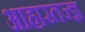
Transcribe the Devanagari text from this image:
आहारतज्ज्ञ